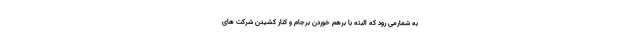
به شمار‌می رود که البته با برهم خوردن برجام و کنار کشیدن شرکت های